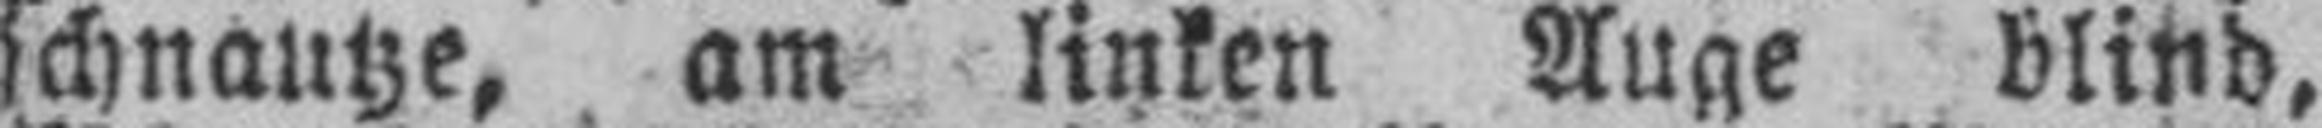
schnautze, am linken Auge blind,